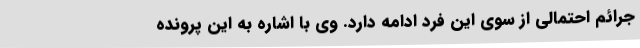
جرائم احتمالی از سوی این فرد ادامه دارد. وی با اشاره به این پرونده